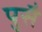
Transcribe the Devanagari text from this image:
पुसै